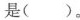
是()。